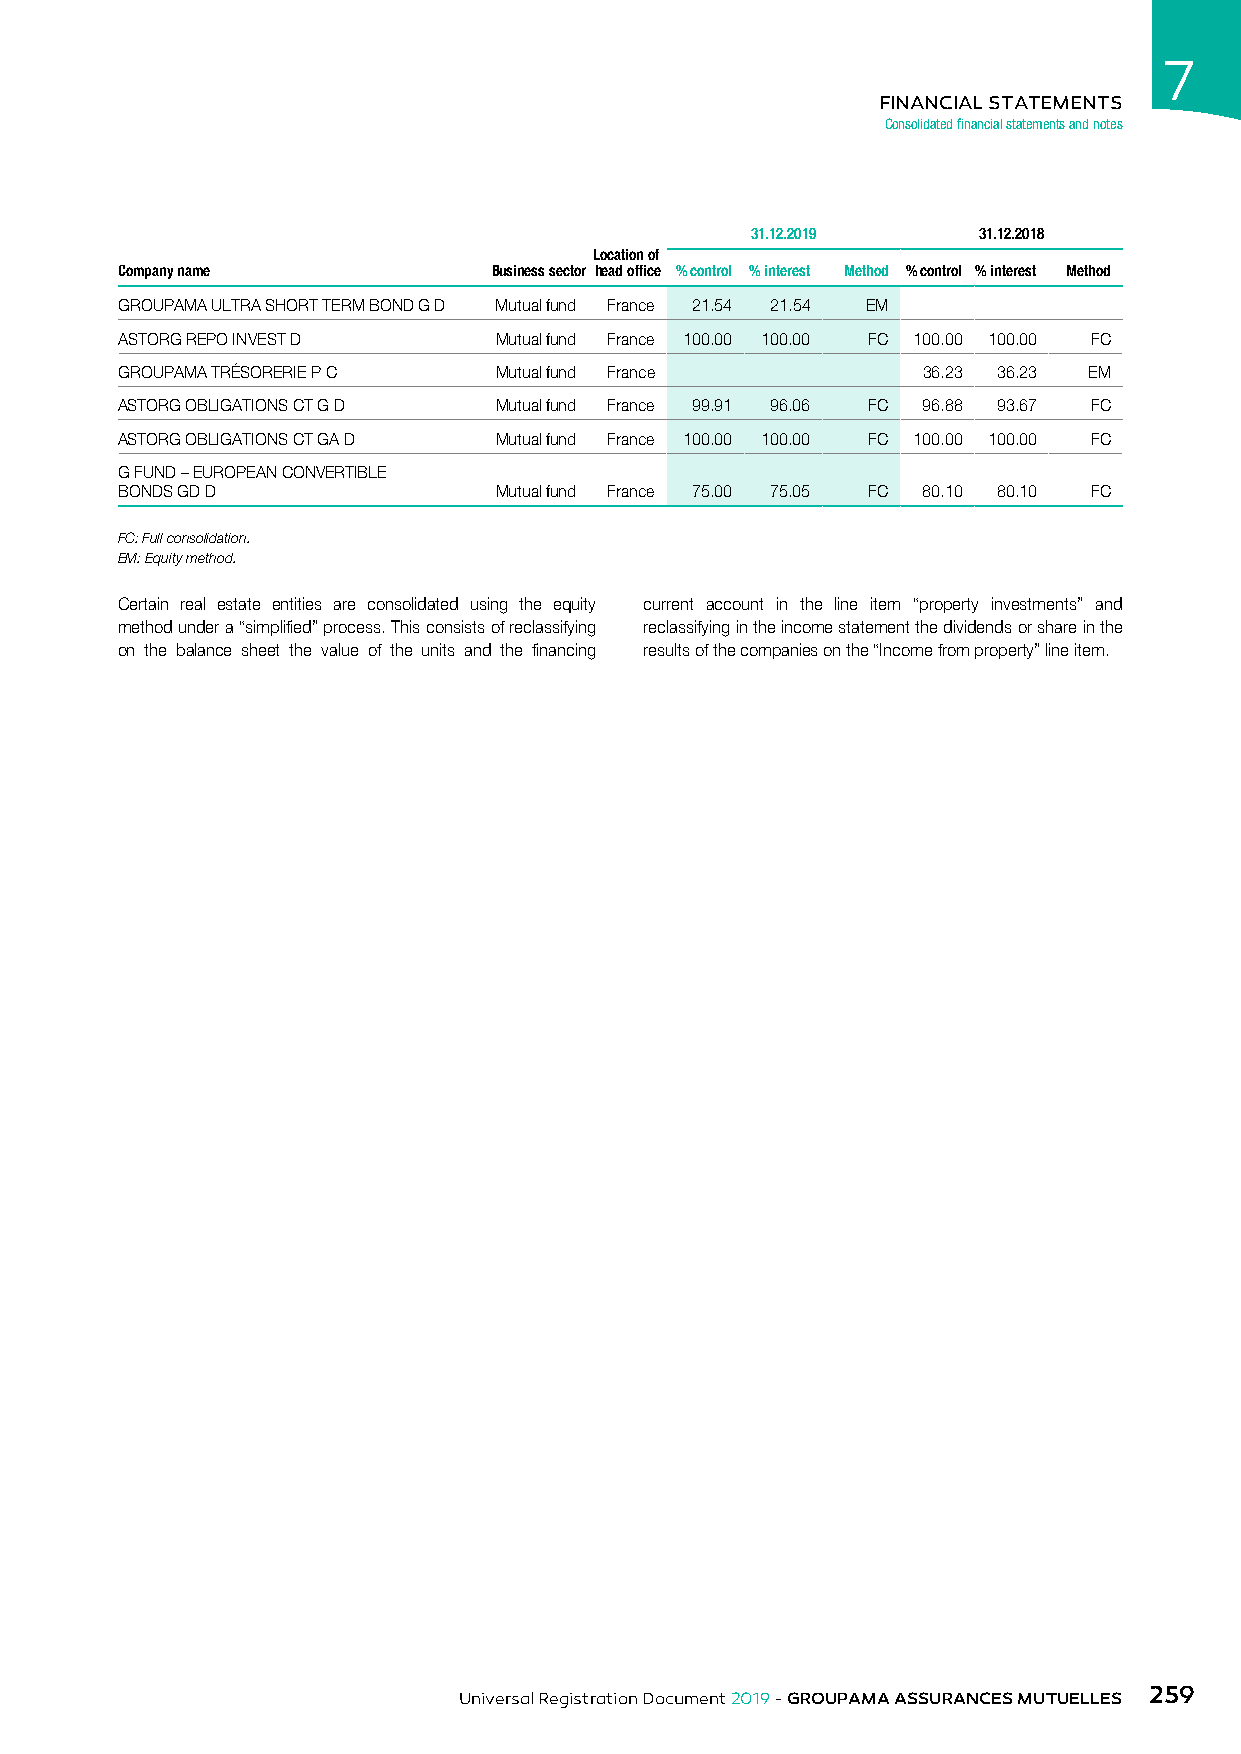
7
 FINANCIAL STATEMENTS
 Consolidated financial statements and notes
 31.12.2019     31.12.2018
 Location of
 Company name             Business sector head office % control % interest Method % control % interest Method
 GROUPAMA ULTRA SHORT TERM BOND G D Mutual fund France 21.54 21.54 EM
 ASTORG REPO INVEST D     Mutual fund France 100.00 100.00 FC 100.00 100.00 FC
 GROUPAMA TRÉSORERIE P C  Mutual fund France          36.23 36.23 EM
 ASTORG OBLIGATIONS CT G D Mutual fund France 99.91 96.06 FC 96.88 93.67 FC
 ASTORG OBLIGATIONS CT GA D Mutual fund France 100.00 100.00 FC 100.00 100.00 FC
 G FUND – EUROPEAN CONVERTIBLE
 BONDS GD D               Mutual fund France 75.00 75.05 FC 80.10 80.10 FC
 FC: Full consolidation.
 EM: Equity method.
 Certain real estate entities are consolidated using the equity current account in the line item “property investments” and
 method under a “simplified” process. This consists of reclassifying reclassifying in the income statement the dividends or share in the
 on the balance sheet the value of the units and the financing results of the companies on the “Income from property” line item.
 259
 Universal Registration Document 2019 - GROUPAMA ASSURANCES MUTUELLES